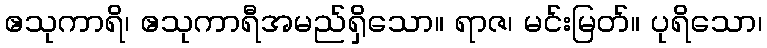
ဧသုကာရိ၊ ဧသုကာရီအမည်ရှိသော။ ရာဇ၊ မင်းမြတ်။ ပုရိသော၊